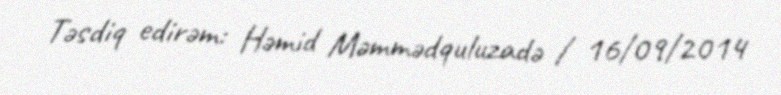
Təsdiq edirəm: Həmid Məmmədquluzadə / 16/09/2014